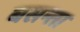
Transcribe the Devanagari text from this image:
बसन्ता